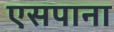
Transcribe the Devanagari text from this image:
एसपाना